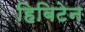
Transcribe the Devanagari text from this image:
हिबिटेन